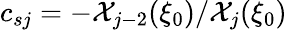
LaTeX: c_{sj}=-\mathcal{X}_{j-2}(\xi_{0})/\mathcal{X}_{j}(\xi_{0})